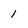
Character: 1